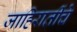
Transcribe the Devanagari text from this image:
जाहिरातींचे